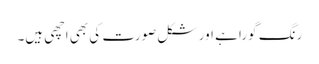
رنگ گورا ہے اور شکل صورت کی بھی اچھی ہیں۔